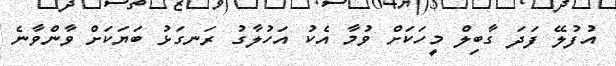
އުފުލޭ ފަދަ ގާބިލް މީހަކަށް ވުމާ އެކު އަހުލާގު ރަނގަޅު ބަޔަކަށް ވާންވާނެ